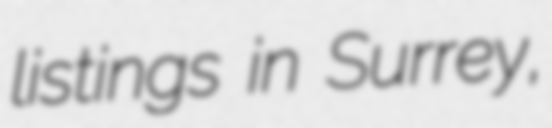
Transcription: listings in Surrey,